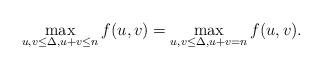
LaTeX: \begin{align*}\max_{u,v \leq \Delta,u+v \leq n}f(u,v) = \max_{u,v \leq \Delta, u+v=n} f(u,v). \end{align*}